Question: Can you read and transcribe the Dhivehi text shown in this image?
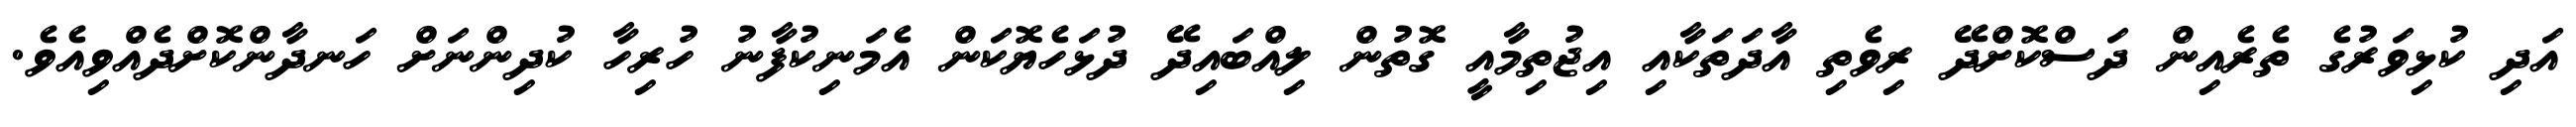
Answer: އަދި ކުޅިވަރުގެ ތެރެއިން ދަސްކޮށްދޭ ރިވެތި އާދަތަކާއި އިޖުތިމާއީ ގޮތުން ލިއްބައިދޭ ދުޅަހެޔޮކަން އެމަނިކުފާނު ހުރިހާ ކުދިންނަށް ހަނދާންކޮށްދެއްވިއެވެ.